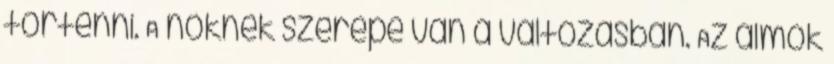
történni. A nőknek szerepe van a változásban. Az álmok